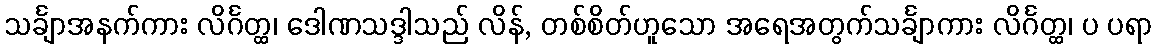
သင်္ချာအနက်ကား လိင်္ဂတ္ထ၊ ဒေါဏသဒ္ဒါသည် လိန်, တစ်စိတ်ဟူသော အရေအတွက်သင်္ချာကား လိင်္ဂတ္ထ၊ ပ ပရာ